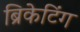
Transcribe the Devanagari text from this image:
ब्रिकेटिंग